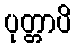
ပုတ္တာပိ